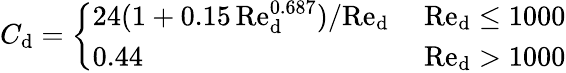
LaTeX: {C}_{\textup{d}}=\left\{ \begin{array}{ll}{24(1+0.15\, \textup{Re}_{\textup{d}}^{0.687})/\textup{Re}_{\textup{d}}}&{~\textup{Re}_{\textup{d}}\leq 1000}\\ {0.44}&{~\textup{Re}_{\textup{d}}>1000}\end{array}\right.